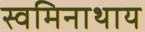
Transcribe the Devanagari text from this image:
स्वमिनाथाय